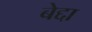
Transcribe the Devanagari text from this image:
बेद्दा